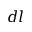
d l